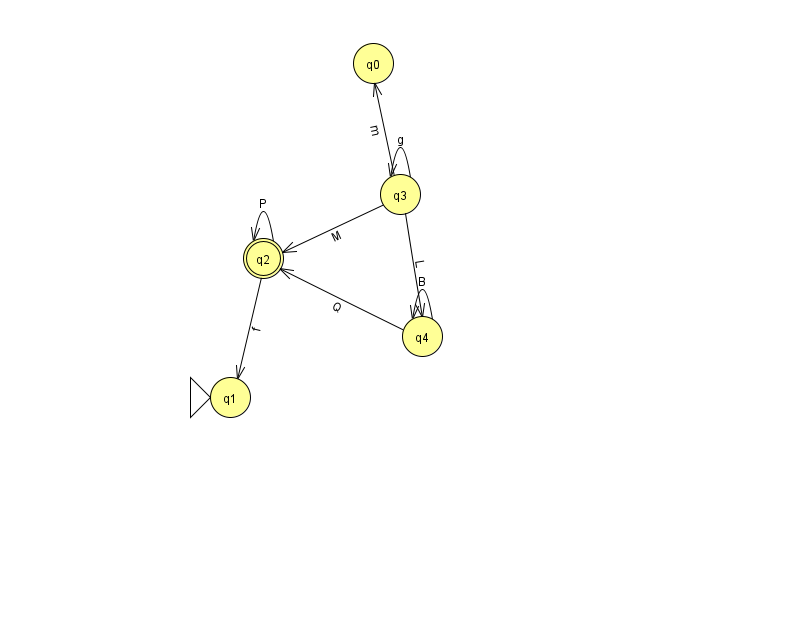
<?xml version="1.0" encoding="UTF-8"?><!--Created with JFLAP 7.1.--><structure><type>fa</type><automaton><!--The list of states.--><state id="0" name="q0"><x>373.0</x><y>50.0</y></state><state id="1" name="q1"><x>230.0</x><y>384.0</y><initial/></state><state id="2" name="q2"><x>263.0</x><y>245.0</y><final/></state><state id="3" name="q3"><x>400.0</x><y>181.0</y></state><state id="4" name="q4"><x>422.0</x><y>323.0</y></state><!--The list of transitions.--><transition><from>2</from><to>2</to><read>P</read></transition><transition><from>4</from><to>4</to><read>B</read></transition><transition><from>3</from><to>0</to><read>m</read></transition><transition><from>3</from><to>2</to><read>M</read></transition><transition><from>3</from><to>3</to><read>g</read></transition><transition><from>4</from><to>2</to><read>Q</read></transition><transition><from>2</from><to>1</to><read>f</read></transition><transition><from>3</from><to>4</to><read>L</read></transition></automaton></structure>